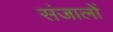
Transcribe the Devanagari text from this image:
संजालों